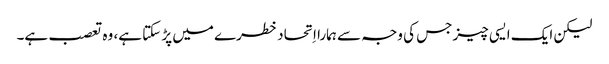
‏ لیکن ایک ایسی چیز جس کی وجہ سے ہمارا اِتحاد خطرے میں پڑ سکتا ہے،‏ وہ تعصب ہے۔